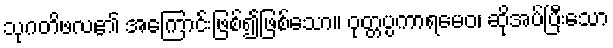
သုဂတိဖလ၏ အကြောင်းဖြစ်၍ဖြစ်သော။ ဝုတ္တပ္ပကာရမေဝ၊ ဆိုအပ်ပြီးသော